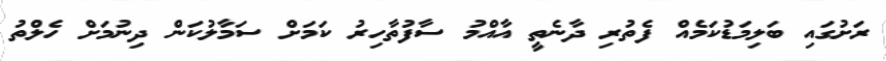
ރަށުގައި ބަލިމަޑުކަމެއް ފެތުރި ދާނެތީ އާއްމު ސާފުތާހިރު ކަމަށް ސަމާލުކަން ދިނުމަށް ހެލްތު